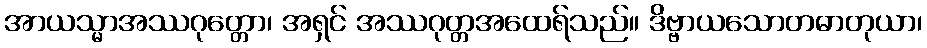
အာယသ္မာအဿဂုတ္တော၊ အရှင် အဿဂုတ္တအထေရ်သည်။ ဒိဗ္ဗာယသောတဓာတုယာ၊